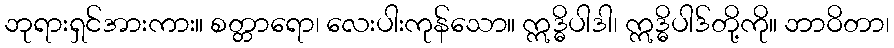
ဘုရားရှင်အားကား။ စတ္တာရော၊ လေးပါးကုန်သော။ ဣဒ္ဓိပါဒါ၊ ဣဒ္ဓိပါဒ်တို့ကို။ ဘာဝိတာ၊